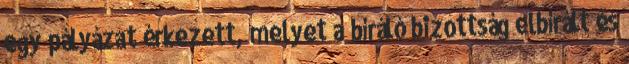
egy pályázat érkezett, melyet a bíráló bizottság elbírált és